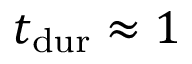
\ensuremath { t _ { \mathrm { d u r } } } \approx 1